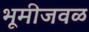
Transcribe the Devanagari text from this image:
भूमीजवळ